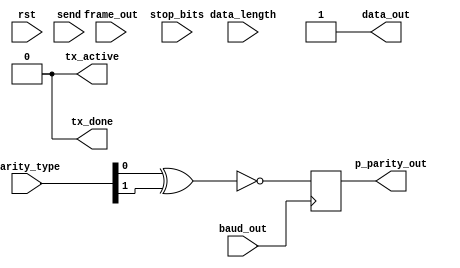
module piso	(rst, frame_out, parity_type, stop_bits, data_length, send, baud_out, data_out, p_parity_out, tx_active, tx_done);

input  rst, stop_bits;//low when using 1 stop bit, high when using two stop bits.
input [1:0] parity_type;
input  data_length; //low when using 7 data bits, high when using 8.

input [11:0] frame_out;// 12 bit 8 or 7 data  
input send ; 

input baud_out;
output reg  tx_active = 0 ; 

output reg  tx_done= 0;

output reg  p_parity_out; // flag // parallel odd parity output, low when using the frame parity.

output reg data_out=1;		// Serial data_out

reg [7:0] data_in ;
assign data_in = frame_out[10 : 3];

reg [3:0] dl_counter=0; // for shift reg
reg [7:0] tmp; 
  
reg [3:0] i1=1;



always @(frame_out)
	begin
		data_in = frame_out[10 : 3];
		data_out=1;
		tx_active = 0;
		tx_done = 0;
		tmp =data_in;
		dl_counter=0;

	end


always @(posedge baud_out, posedge  rst)
	begin
	
		if (rst)
			begin
				data_out<=1;
				tx_active <= 0;
				tx_done <= 0;
				i1<=1;

			end

		else if(send==1  && tx_active== 0 && tx_done==0)
			begin
				
				tmp<=data_in;
				tx_active <=1;
				tx_done<=0;
				i1<=1;
			end
		else if ( tx_active == 1 && tx_done== 0 && i1==1)
			begin
	
				if(data_length== 1 && i1==1 ) // 8
					begin
					
        				data_out<=tmp[7];
					tmp <={tmp[6:0],1'b0};
					dl_counter <= dl_counter +1;
					i1 <= dl_counter<=6;
					
					end

			else if (data_length== 0 && i1==1 ) // 7
				begin

        				data_out <=tmp[7];    
					tmp <={tmp[6:0],1'b0};
					dl_counter <= dl_counter +1;
					i1 <= dl_counter <=5;
				end
			else 
				begin 
					data_out<=tmp[7];
					tmp<={tmp[6:0],1'b0};
				end
				
				
			end
		else if (i1 ==0 && tx_done== 0 )
			begin
				tx_active <=1;
				tx_done <=1;
				i1 <= 0;
				data_out <=1;

			end
		else if (i1 ==0 && tx_done==1)
			begin
				tx_active<=0;
				tx_done <=0;
				i1<=1;
				data_out<=1;
				dl_counter<=0;
			end
	end

always @(posedge baud_out)
begin
p_parity_out <= ~(parity_type[0] ^ parity_type[1]);
end

endmodule